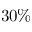
3 0 \%